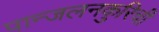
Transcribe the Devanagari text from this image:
पान्जलनकुरिची